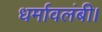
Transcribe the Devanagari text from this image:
धर्मावलंबी।